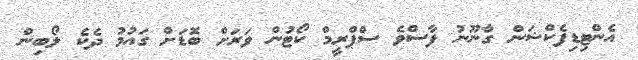
އެންޓިޑިފެކްޝަން ގާނޫނު ފާސްވެ ސްޕްރީމް ކޯޓުން ވަރަށް ބޮޑަށް ގައުމު ދެކެ ލޯބިން